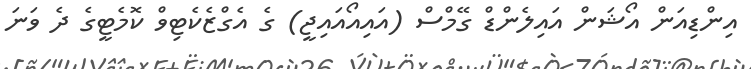
އިންޑިއަން އޯޝަން އައިލެންޑް ގޭމްސް (އައިއޯއައިޖީ) ގެ އެގްޒެކެޓިވް ކޮމެޓީގެ ދެ ވަނަ